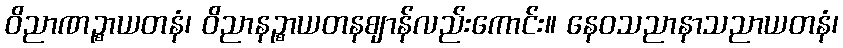
ဝိညာဏဉ္စာယတနံ၊ ဝိညာနဉ္စာယတနဈာန်လည်းကောင်း။ နေဝသညာနာသညာယတနံ၊